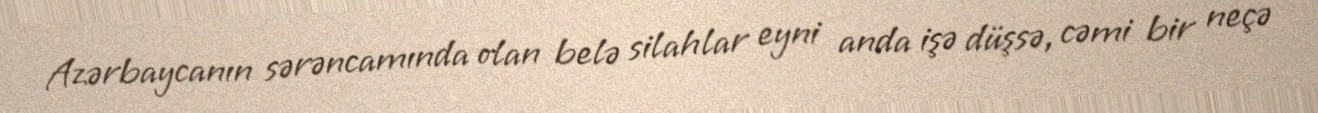
Azərbaycanın sərəncamında olan belə silahlar eyni anda işə düşsə, cəmi bir neçə